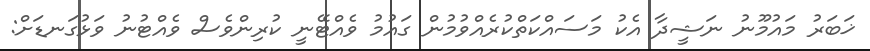
ޚަބަރު މައުމޫނު ނަޝީދާ އެކު މަސައްކަތްކުރެއްވުމުން ގައުމު ވެއްޓޭނީ ކުރިންވެސް ވެއްޓުނު ވަޅުގަނޑަށް: